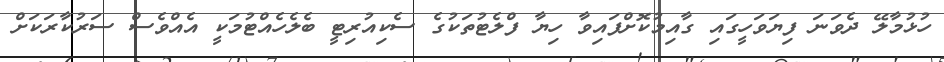
ހުޅުމާލޭ ދެވަނަ ފިޔަވަހީގައި ގާއިމުކޮށްފައިވާ ހިޔާ ފްލެޓުތަކުގެ ސެކިއުރިޓީ ބެލެހެއްޓުމަކީ އެއްވެސް ސަރުކާރަކަށް